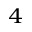
_ 4